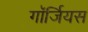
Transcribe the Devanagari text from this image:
गॉर्जियस